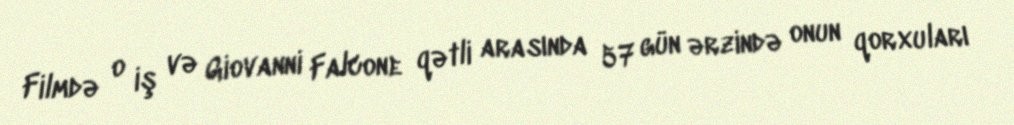
Filmdə o iş və Giovanni Falcone qətli arasında 57 gün ərzində onun qorxuları